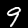
Digit: 9